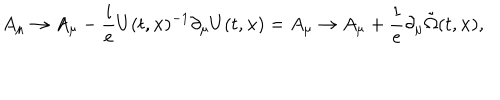
A _ { \mu } \to A _ { \mu } - \frac { i } { e } U ( t , { \bf x } ) ^ { - 1 } \partial _ { \mu } U ( t , { \bf x } ) = A _ { \mu } \to A _ { \mu } + \frac { 1 } { e } \partial _ { \mu } \tilde { \Omega } ( t , { \bf x } ) ,